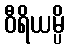
ဝီရိယမ္ပိ